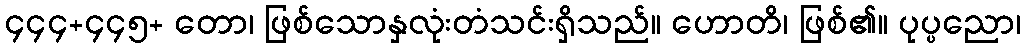
၄၄၄+၄၄၅+ တော၊ ဖြစ်သောနှလုံးတံသင်းရှိသည်။ ဟောတိ၊ ဖြစ်၏။ ပုပ္ပညော၊